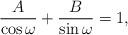
LaTeX: \begin{align*}\frac{A}{\cos\omega}+\frac{B}{\sin\omega}=1,\end{align*}